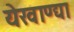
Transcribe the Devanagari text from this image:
येखाण्द्या